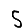
Digit: 5